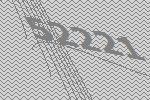
52221